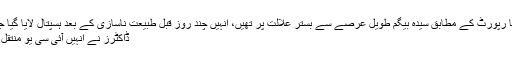
میڈیا رپورٹ کے مطابق سیدہ بیگم طویل عرصے سے بستر علالت پر تھیں، انہیں چند روز قبل طبیعت ناسازی کے بعد ہسپتال لایا گیا جہاں
ڈاکٹرز نے انہیں آئی سی یو منتقل کیا۔